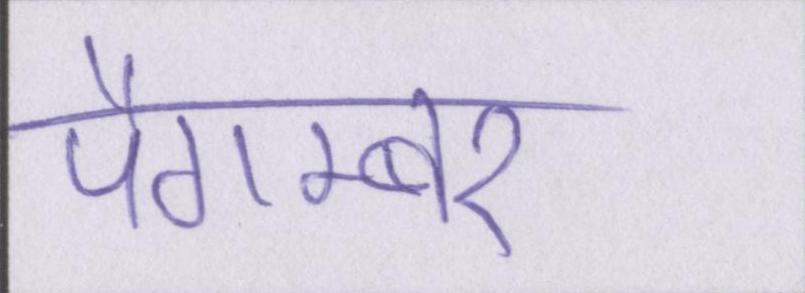
पैगम्बर